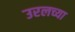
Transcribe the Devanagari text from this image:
उरलच्या